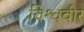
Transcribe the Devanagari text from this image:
विश्ववीर